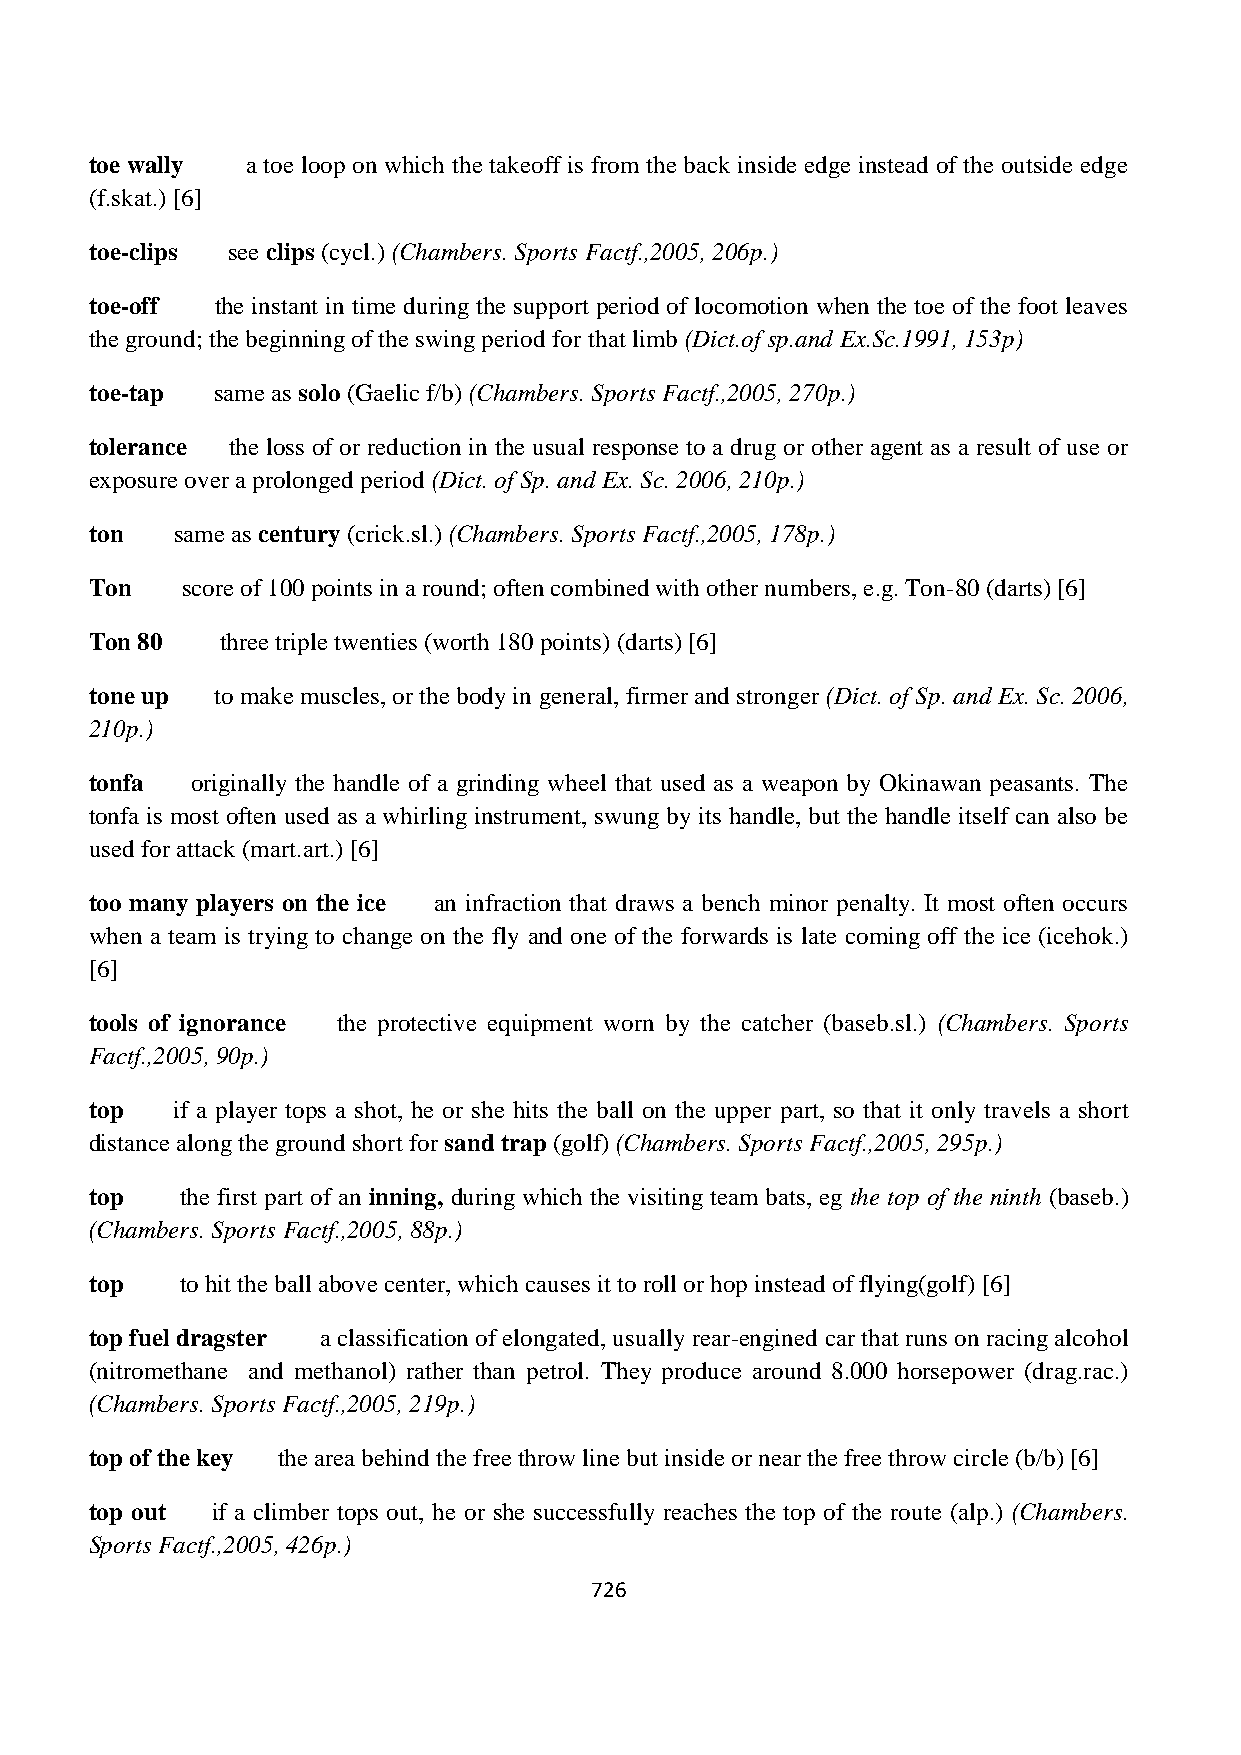
toe wally a toe loop on which the takeoff is from the back inside edge instead of the outside edge
 (f.skat.) [6]
 toe-clips see clips (cycl.) (Chambers. Sports Factf.,2005, 206p.)
 toe-off the instant in time during the support period of locomotion when the toe of the foot leaves
 the ground; the beginning of the swing period for that limb (Dict.of sp.and Ex.Sc.1991, 153p)
 toe-tap same as solo (Gaelic f/b) (Chambers. Sports Factf.,2005, 270p.)
 tolerance the loss of or reduction in the usual response to a drug or other agent as a result of use or
 exposure over a prolonged period (Dict. of Sp. and Ex. Sc. 2006, 210p.)
 ton  same as century (crick.sl.) (Chambers. Sports Factf.,2005, 178p.)
 Ton   score of 100 points in a round; often combined with other numbers, e.g. Ton-80 (darts) [6]
 Ton 80   three triple twenties (worth 180 points) (darts) [6]
 tone up to make muscles, or the body in general, firmer and stronger (Dict. of Sp. and Ex. Sc. 2006,
 210p.)
 tonfa  originally the handle of a grinding wheel that used as a weapon by Okinawan peasants. The
 tonfa is most often used as a whirling instrument, swung by its handle, but the handle itself can also be
 used for attack (mart.art.) [6]
 too many players on the ice an infraction that draws a bench minor penalty. It most often occurs
 when a team is trying to change on the fly and one of the forwards is late coming off the ice (icehok.)
 [6]
 tools of ignorance the protective equipment worn by the catcher (baseb.sl.) (Chambers. Sports
 Factf.,2005, 90p.)
 top  if a player tops a shot, he or she hits the ball on the upper part, so that it only travels a short
 distance along the ground short for sand trap (golf) (Chambers. Sports Factf.,2005, 295p.)
 top   the first part of an inning, during which the visiting team bats, eg the top of the ninth (baseb.)
 (Chambers. Sports Factf.,2005, 88p.)
 top   to hit the ball above center, which causes it to roll or hop instead of flying(golf) [6]
 top fuel dragster a classification of elongated, usually rear-engined car that runs on racing alcohol
 (nitromethane and methanol) rather than petrol. They produce around 8.000 horsepower (drag.rac.)
 (Chambers. Sports Factf.,2005, 219p.)
 top of the key the area behind the free throw line but inside or near the free throw circle (b/b) [6]
 top out if a climber tops out, he or she successfully reaches the top of the route (alp.) (Chambers.
 Sports Factf.,2005, 426p.)
 726